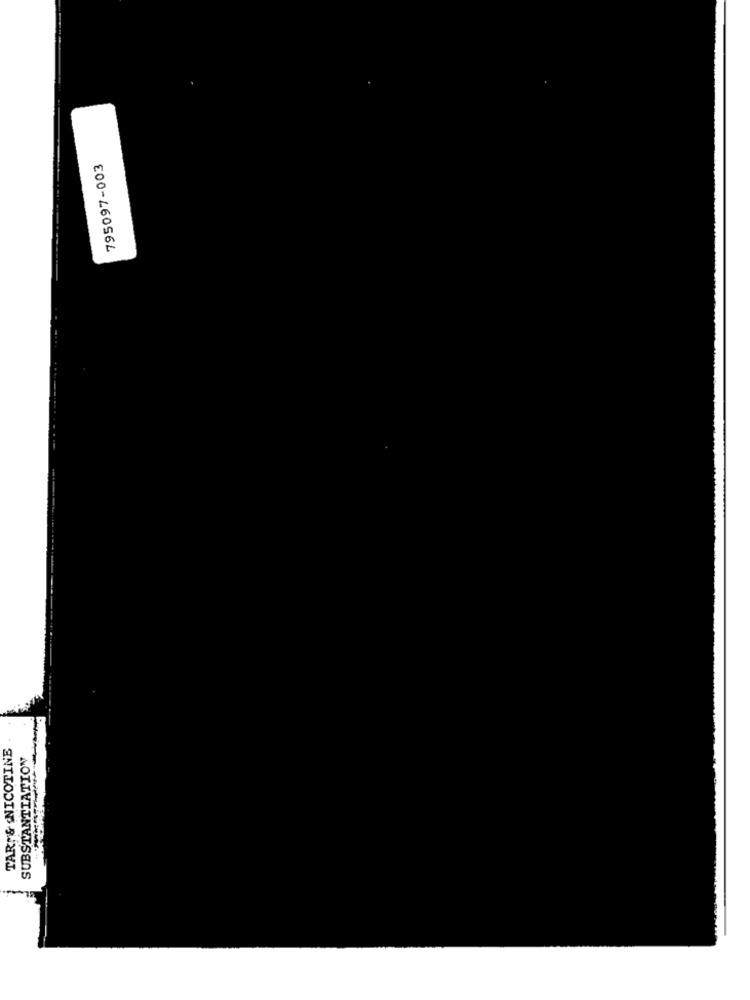
795097-003
TARM& NICOTINE
SUBSTANTIATION